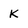
Character: K